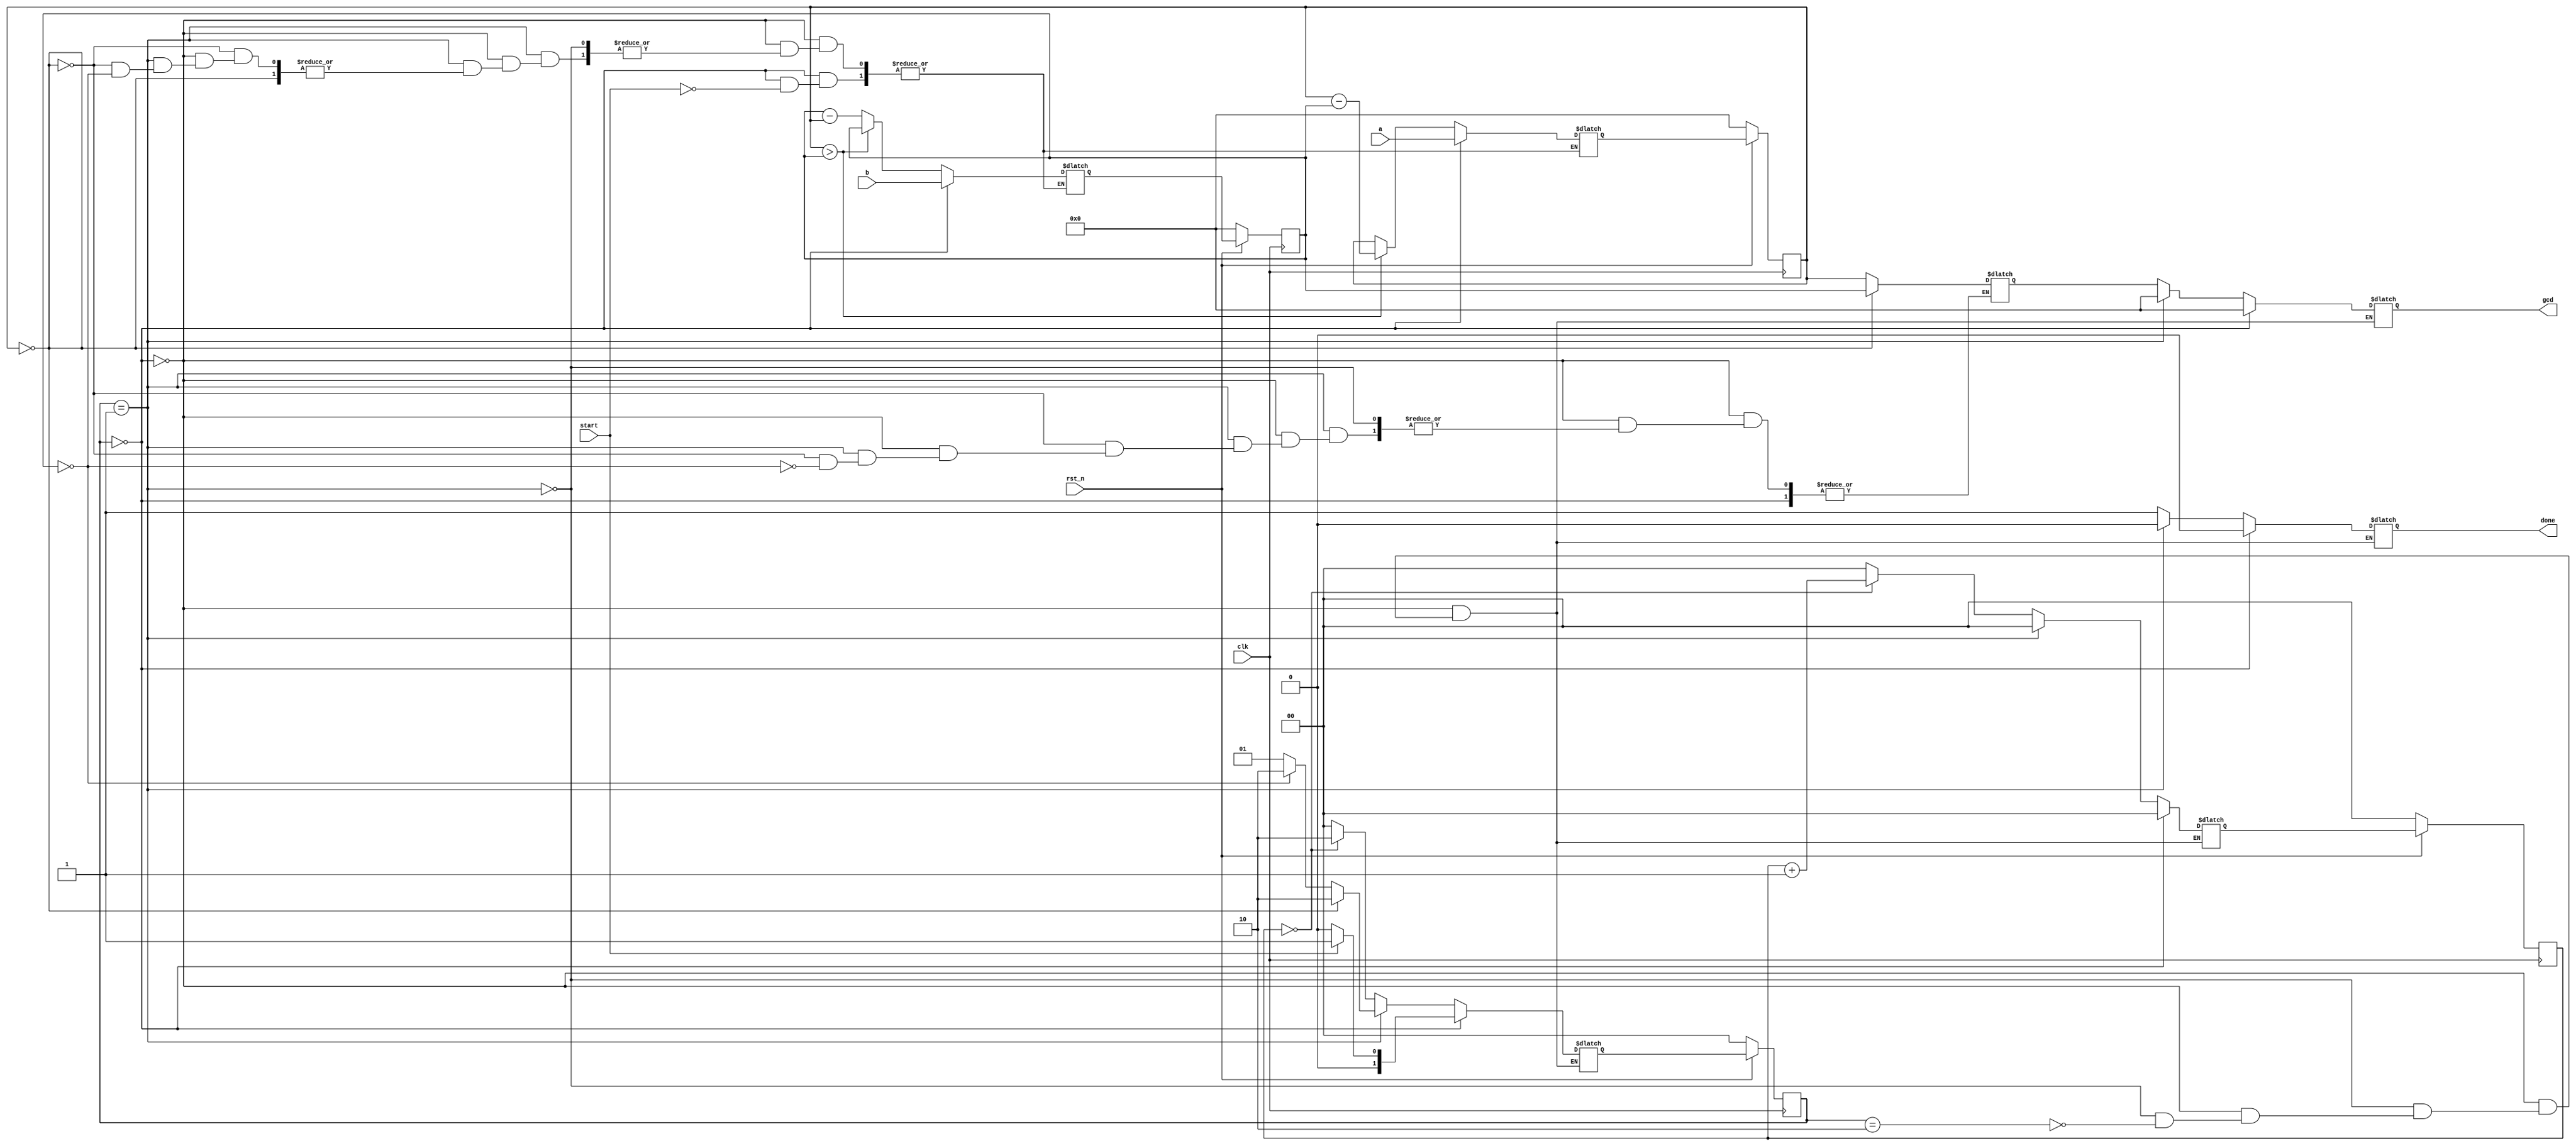
`timescale 1ns/1ps

module Greatest_Common_Divisor (clk, rst_n, start, a, b, done, gcd);

    input clk, rst_n;
    input start;
    input [15:0] a;
    input [15:0] b;
    output reg done;
    output reg [15:0] gcd;
    
    parameter WAIT = 2'b00;
    parameter CAL = 2'b01;
    parameter FINISH = 2'b10;
    
    reg [15:0] A, B, next_A, next_B;
    reg [15:0] mygcd;

    reg [1:0] count, next_count;
    reg [1:0] state, next_state;

    always @(*) begin
        if (state == WAIT) begin
            next_count = 2'b0;
            gcd = 16'b0;
            done = 1'b0;
            if (start == 1'b1) begin
                next_A = a;
                next_B = b;
                next_state = CAL;
            end else begin
                next_state = WAIT; 
            end
        end else if (state == CAL) begin
            next_count = 2'b0;
            gcd = 16'b0;
            done = 1'b0;
            if (A == 0) begin
                next_state = FINISH;
                mygcd = B;
            end else begin
                if (B == 0) begin
                    next_state = FINISH;
                    mygcd = A;
                end else if (A > B) begin
                    next_state = CAL;
                    next_A = A-B;
                    next_B = B;
                end else begin
                    next_state = CAL;
                    next_A = A;
                    next_B = B-A;
                end
            end
        end else if (state == FINISH) begin
            gcd = mygcd;
            done = 1'b1;
            if (count == 2'b0) begin
                next_count = count + 1'b1;
                next_state = FINISH;
            end else begin
                next_count = 2'b0;
                next_state = WAIT;
            end
        end
    end

    always @(posedge clk) begin
        if (rst_n == 1'b0) begin
            state <= WAIT;
            A <= 16'b0;
            B <= 16'b0;
            count <= 2'b0;
        end else begin
            state <= next_state;
            A <= next_A;
            B <= next_B;
            count <= next_count;
        end
    end
    
endmodule